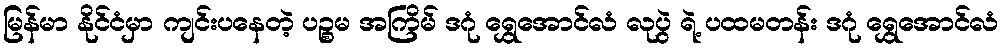
မြန်မာ နိုင်ငံမှာ ကျင်းပနေတဲ့ ပဉ္စမ အကြိမ် ဒဂုံ ရွှေအောင်လံ လုပွဲ ရဲ့ ပထမတန်း ဒဂုံ ရွှေအောင်လံ